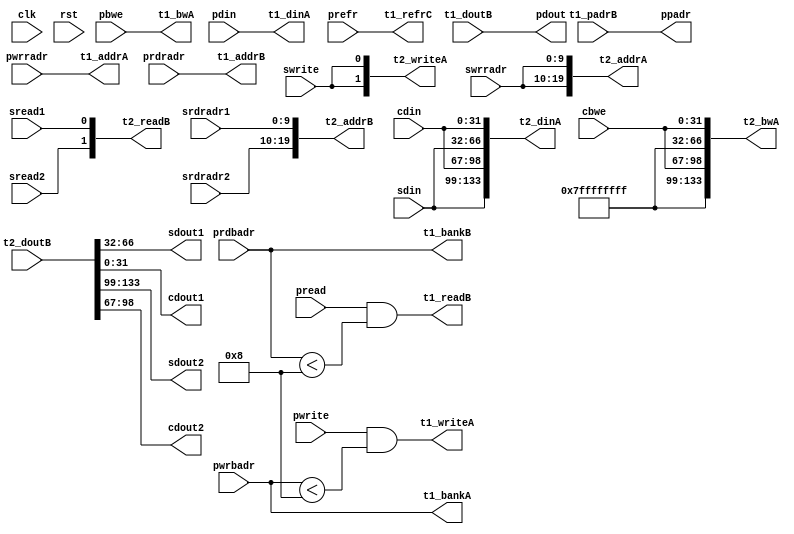
module mux_1r1we_rl2_pseudo (clk, rst,
                             prefr,
		             pwrite, pwrbadr, pwrradr, pbwe, pdin,
		             pread, prdbadr, prdradr, pdout, ppadr,
		             swrite, swrradr, sdin, cbwe, cdin,
		             sread1, srdradr1, sdout1, cdout1,
		             sread2, srdradr2, sdout2, cdout2,
                             t1_writeA, t1_bankA, t1_addrA, t1_bwA, t1_dinA,
                             t1_readB, t1_bankB, t1_addrB, t1_doutB, t1_padrB, t1_refrC,
                             t2_writeA, t2_addrA, t2_bwA, t2_dinA, t2_readB, t2_addrB, t2_doutB);

  parameter WIDTH   = 32;
  parameter BITWDTH = 5;
  parameter NUMVROW = 1024;
  parameter BITVROW = 10;
  parameter NUMVBNK = 8;
  parameter BITVBNK = 3;
  parameter BITPADR = 10;
  parameter SRAM_DELAY = 2;
  parameter DRAM_DELAY = 2;

  parameter SDOUT_WIDTH = WIDTH+BITVBNK;

input clk;
input rst;

input prefr;

input pread;
input [BITVBNK-1:0] prdbadr;
input [BITVROW-1:0] prdradr;
output [WIDTH-1:0] pdout;
output [BITPADR-1:0] ppadr;

input pwrite;
input [BITVBNK-1:0] pwrbadr;
input [BITVROW-1:0] pwrradr;
input [WIDTH-1:0] pbwe;
input [WIDTH-1:0] pdin;

input sread1;
input [BITVROW-1:0] srdradr1;
output [SDOUT_WIDTH-1:0] sdout1;
output [WIDTH-1:0] cdout1;

input sread2;
input [BITVROW-1:0] srdradr2;
output [SDOUT_WIDTH-1:0] sdout2;
output [WIDTH-1:0] cdout2;

input swrite;
input [BITVROW-1:0] swrradr;
input [SDOUT_WIDTH-1:0] sdin;
input [WIDTH-1:0] cbwe;
input [WIDTH-1:0] cdin;

output t1_writeA;
output [BITVBNK-1:0] t1_bankA;
output [BITVROW-1:0] t1_addrA;
output [WIDTH-1:0] t1_bwA;
output [WIDTH-1:0] t1_dinA;
output t1_readB;
output [BITVBNK-1:0] t1_bankB;
output [BITVROW-1:0] t1_addrB;
input [WIDTH-1:0] t1_doutB;
input [BITPADR-1:0] t1_padrB;
output t1_refrC;

output [2-1:0] t2_writeA;
output [2*BITVROW-1:0] t2_addrA;
output [2*(SDOUT_WIDTH+WIDTH)-1:0] t2_bwA;
output [2*(SDOUT_WIDTH+WIDTH)-1:0] t2_dinA;

output [2-1:0] t2_readB;
output [2*BITVROW-1:0] t2_addrB;
input [2*(SDOUT_WIDTH+WIDTH)-1:0] t2_doutB;

assign t1_writeA = pwrite && (pwrbadr < NUMVBNK);
assign t1_bankA = pwrbadr;
assign t1_addrA = pwrradr;
assign t1_bwA = pbwe;
assign t1_dinA = pdin;

assign t1_readB = pread && (prdbadr < NUMVBNK);
assign t1_bankB = prdbadr;
assign t1_addrB = prdradr;
assign pdout = t1_doutB;
assign ppadr = t1_padrB;

assign t1_refrC = prefr;

assign t2_writeA = {2{swrite}};
assign t2_addrA = {2{swrradr}};
assign t2_bwA = {2{{SDOUT_WIDTH{1'b1}},cbwe}};
assign t2_dinA = {2{sdin,cdin}};

assign t2_readB = {sread2,sread1};
assign t2_addrB = {srdradr2,srdradr1};

assign sdout1 = t2_doutB >> WIDTH;
assign cdout1 = t2_doutB;
assign sdout2 = t2_doutB >> (SDOUT_WIDTH+2*WIDTH);
assign cdout2 = t2_doutB >> (SDOUT_WIDTH+WIDTH);

endmodule